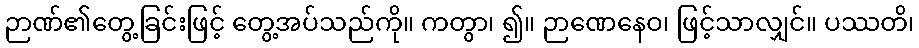
ဉာဏ်၏တွေ့ခြင်းဖြင့် တွေ့အပ်သည်ကို။ ကတွာ၊ ၍။ ဉာဏေနေဝ၊ ဖြင့်သာလျှင်။ ပဿတိ၊